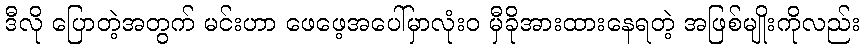
ဒီလို ပြောတဲ့အတွက် မင်းဟာ ဖေဖေ့အပေါ်မှာလုံးဝ မှီခိုအားထားနေရတဲ့ အဖြစ်မျိုးကိုလည်း